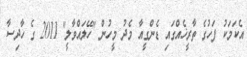
އެކަމަކު ފަހުގެ ތާރީޚެއްގައި ޑެންގީއާ މެދު މީހުން "ހޭލައްވާލީ" 2011 ގެ ހާދިސާ